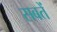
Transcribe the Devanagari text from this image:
सबतें